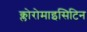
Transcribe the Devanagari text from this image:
क्लोरोमाइसिटिन